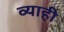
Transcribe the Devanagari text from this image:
व्‍याही